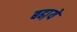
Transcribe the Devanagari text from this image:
बढा़ये